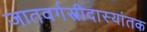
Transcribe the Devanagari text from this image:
जातवर्गस्त्रीदास्यांतक